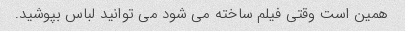
همین است وقتی فیلم ساخته می شود می توانید لباس بپوشید.